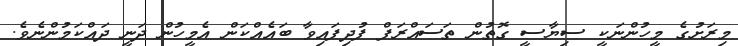
މިރަށުގެ މީހުންނަކީ ސިޔާސީ ގޮތުން ތަސައްރަފް ފުދިފައިވާ ބައެއްކަން އެމީހުން ދަނީ ދައްކަމުންނެވެ.